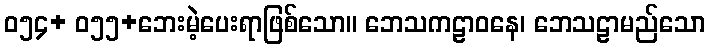
ဝ၅၄+ ဝ၅၅+ဘေးမဲ့ပေးရာဖြစ်သော။ ဘေသကဠာဝနေ၊ ဘေသဠာမည်သော